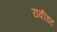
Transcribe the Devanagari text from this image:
रावीडट